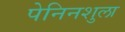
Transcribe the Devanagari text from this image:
पेनिनशुला